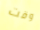
وقت